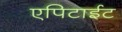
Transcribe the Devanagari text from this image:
एपिटाईट